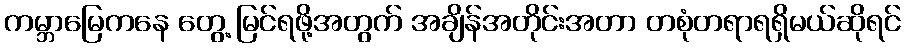
ကမ္ဘာမြေကနေ တွေ့ မြင်ရဖို့အတွက် အချိန်အတိုင်းအတာ တစုံတရာရရှိမယ်ဆိုရင်